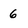
Character: 6